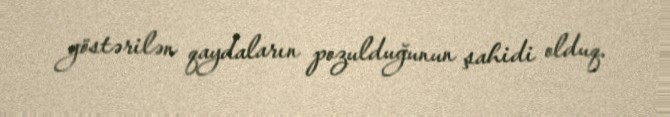
göstərilən qaydaların pozulduğunun şahidi olduq.